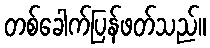
တစ်ခေါက်ပြန်ဖတ်သည်။